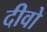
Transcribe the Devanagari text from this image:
दीवो